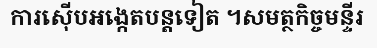
ការស៊ើបអង្កេតបន្តទៀត ។សមត្ថកិច្ចមន្ទីរ